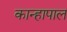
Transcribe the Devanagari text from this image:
कान्हापाल